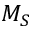
M _ { S }